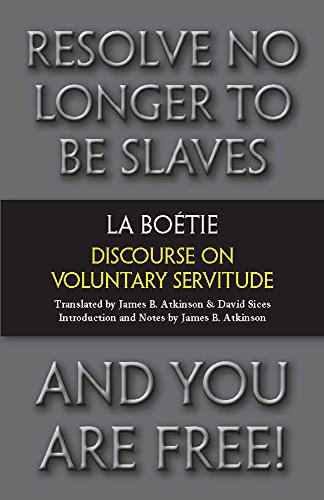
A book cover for Discourse on Voluntary Servitude (Hackett Classics); Etienne de La Boetie; Politics & Social Sciences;